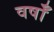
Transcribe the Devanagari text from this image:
वर्षाँ